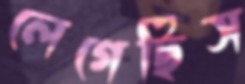
লেগেছিস